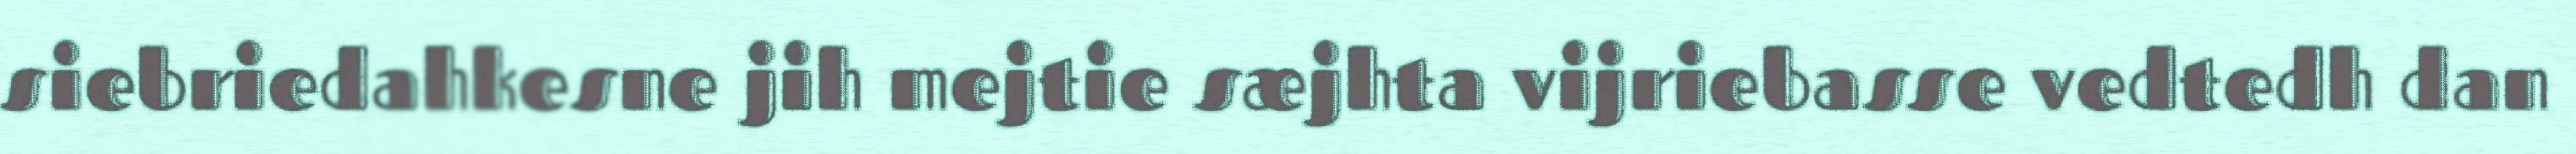
siebriedahkesne jih mejtie sæjhta vijriebasse vedtedh dan